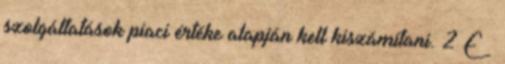
szolgáltatások piaci értéke alapján kell kiszámítani. 2 E §